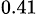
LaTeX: _{0.41}